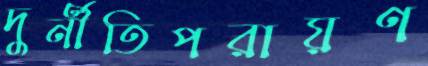
দুর্নীতিপরায়ণ